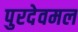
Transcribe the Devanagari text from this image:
पुरदेवमल